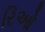
રિઓ